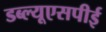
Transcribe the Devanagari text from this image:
डब्ल्यूएसपीई